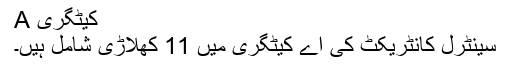
A کیٹگری
سینٹرل کانٹریکٹ کی اے کیٹگری میں 11 کھلاڑی شامل ہیں۔